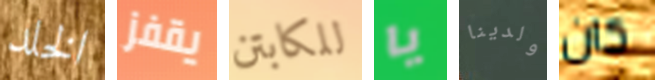
الخلد يقفز للكابتن يا ولدينا كان